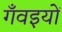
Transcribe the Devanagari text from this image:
गँवइयों